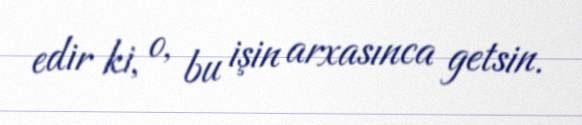
edir ki, o, bu işin arxasınca getsin.